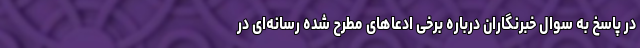
در پاسخ به سوال خبرنگاران درباره برخی ادعاهای مطرح شده رسانه‌ای در